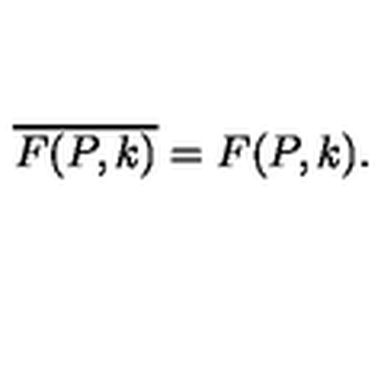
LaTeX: \overline { { F ( P , k ) } } = F ( P , k ) .